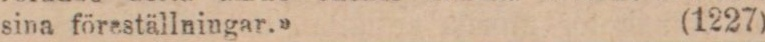
sina föreställningar.» (1227)